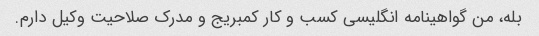
بله، من گواهینامه انگلیسی کسب و کار کمبریج و مدرک صلاحیت وکیل دارم.